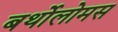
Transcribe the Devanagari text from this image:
बर्थोलोमस